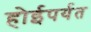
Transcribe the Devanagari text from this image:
होईपर्यत